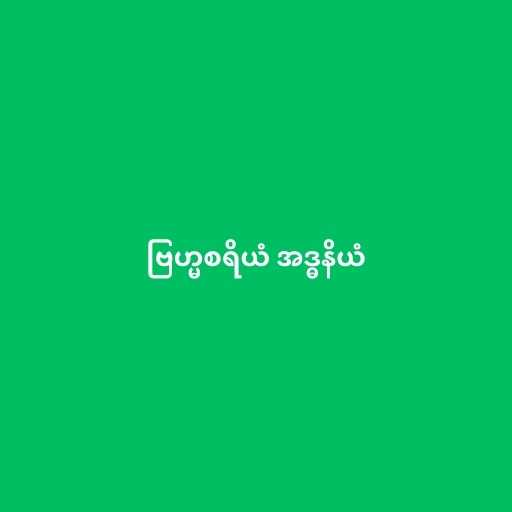
ဗြဟ္မစရိယံ အဒ္ဓနိယံ